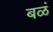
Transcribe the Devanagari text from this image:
बळं